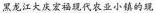
黑龙江大庆宏福现代农业小镇的现